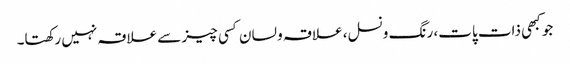
جو کبھی ذات پات، رنگ ونسل، علاقہ و لسان کسی چیز سے علاقہ نہیں رکھتا۔